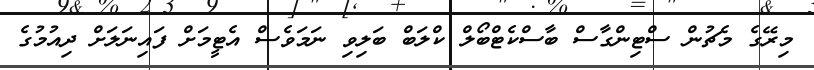
މިރޭގެ މެޗުން ސްޓިންގާސް ބާސްކެޓްބޯލް ކްލަބް ބަލިވި ނަމަވެސް އެޓީމަށް ފައިނަލަށް ދިއުމުގެ